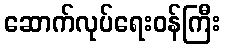
ဆောက်လုပ်ရေးဝန်ကြီး